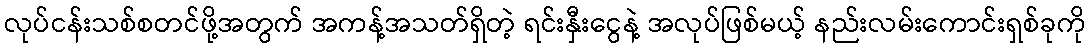
လုပ်ငန်းသစ်စတင်ဖို့အတွက် အကန့်အသတ်ရှိတဲ့ ရင်းနှီးငွေနဲ့ အလုပ်ဖြစ်မယ့် နည်းလမ်းကောင်းရှစ်ခုကို